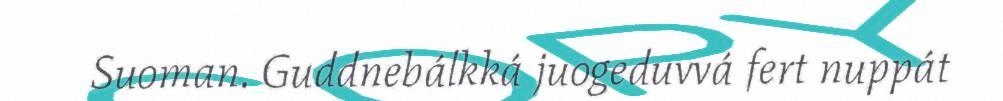
Suoman. Guddnebálkká juogeduvvá fert nuppát